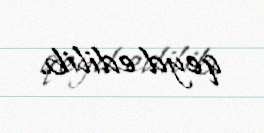
qeyd edilib.